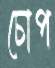
চোপ